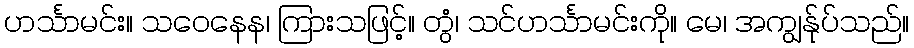
ဟင်္သာမင်း။ သဝေနေန၊ ကြားသဖြင့်။ တွံ၊ သင်ဟင်္သာမင်းကို။ မေ၊ အကျွန်ုပ်သည်။